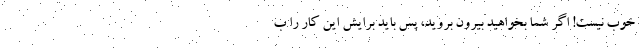
خوب نیست! اگر شما بخواهید بیرون بروید، پس باید برایش این کار را ب